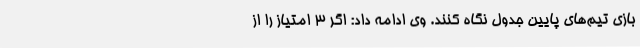
بازی تیم‌های پایین جدول نگاه کنند. وی ادامه داد: اگر 3 امتیاز را از